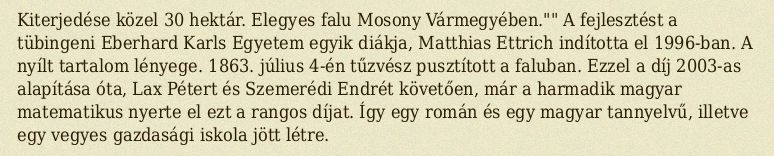
Kiterjedése közel 30 hektár. Elegyes falu Mosony Vármegyében."" A fejlesztést a tübingeni Eberhard Karls Egyetem egyik diákja, Matthias Ettrich indította el 1996-ban. A nyílt tartalom lényege. 1863. július 4-én tűzvész pusztított a faluban. Ezzel a díj 2003-as alapítása óta, Lax Pétert és Szemerédi Endrét követően, már a harmadik magyar matematikus nyerte el ezt a rangos díjat. Így egy román és egy magyar tannyelvű, illetve egy vegyes gazdasági iskola jött létre.